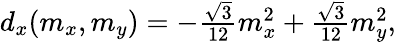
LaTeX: \begin{array}{r}{d_{x}(m_{x},m_{y})=-\frac{\sqrt{3}}{12}m_{x}^{2}+\frac{\sqrt{3}}{12}m_{y}^{2},}\end{array}